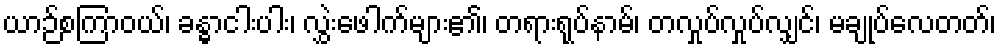
ယာဉ်စကြာဝယ်၊ ခန္ဓာငါးပါး၊ လွှဲးဖေါက်များ၏၊ တရားရုပ်နာမ်၊ တလှုပ်လှုပ်လျှင်၊ မချုပ်လေတတ်၊